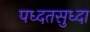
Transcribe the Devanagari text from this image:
पध्दतसुध्दा